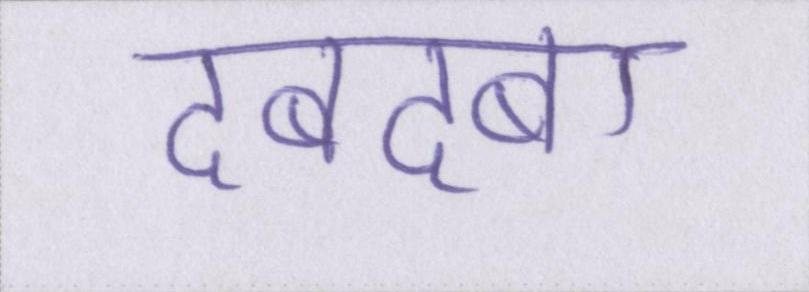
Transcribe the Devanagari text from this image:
दबदबा